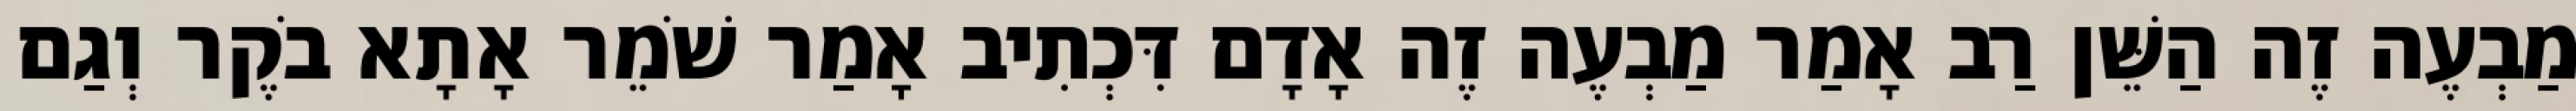
מַבְעֶה זֶה הַשֵּׁן רַב אָמַר מַבְעֶה זֶה אָדָם דִּכְתִיב אָמַר שֹׁמֵר אָתָא בֹקֶר וְגַם